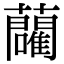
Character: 𬟢